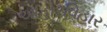
આહારવિહાર